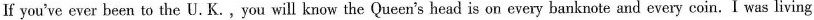
If you've ever been to the U.K.,you will know the Queen's head is on every banknote and every coin.I was living